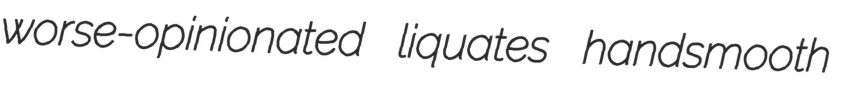
worse-opinionated liquates handsmooth